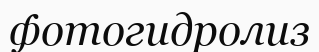
фотогидролиз